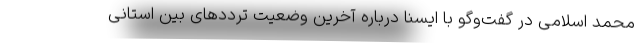
محمد اسلامی در گفت‌وگو با ایسنا درباره آخرین وضعیت ترددهای بین استانی